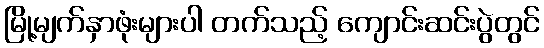
မြို့မျက်နှာဖုံးများပါ တက်သည့် ကျောင်းဆင်းပွဲတွင်